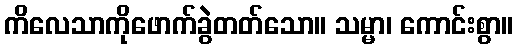
ကိလေသာကိုဖောက်ခွဲတတ်သော။ သမ္မာ၊ ကောင်းစွာ။